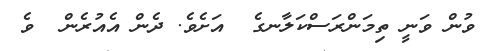
ވުން ވަނީ ތިމަންރަސްކަލާނގެ  އަށެވެ. ދެން އެއުރެން  ވެ